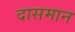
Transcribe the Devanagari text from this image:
दासमान